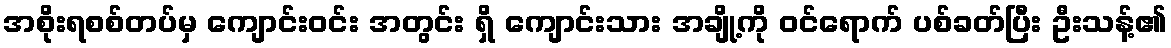
အစိုးရစစ်တပ်မှ ကျောင်းဝင်း အတွင်း ရှိ ကျောင်းသား အချို့ကို ဝင်ရောက် ပစ်ခတ်ပြီး ဦးသန့်၏